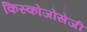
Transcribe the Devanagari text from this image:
किस्कोजोसेजी